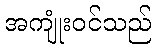
အကျုံးဝင်သည်